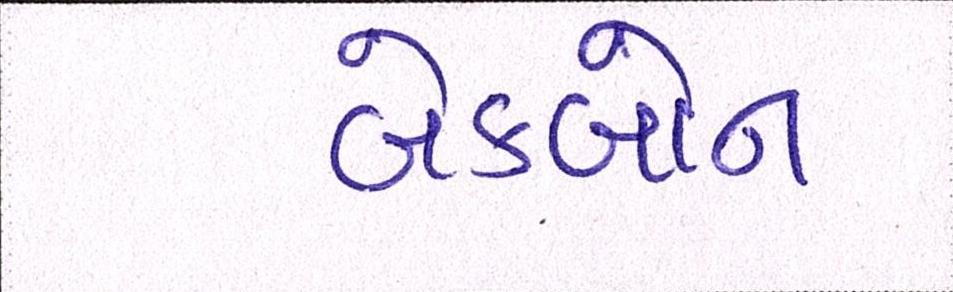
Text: બેકબોન